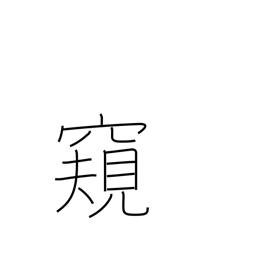
Meaning: spy on